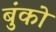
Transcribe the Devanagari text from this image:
बुंको